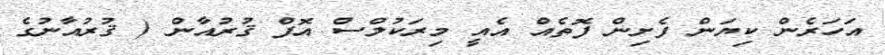
އަހަރެން ކިޔަން ފެށިން ފޮތެއް އެއީ މިރަކުލްސް އޮފް ޤުރުއާން ( ޤުރުއާނުގެ